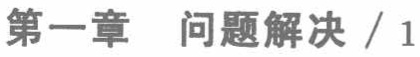
第一章 问题解决 / 1